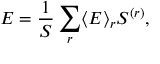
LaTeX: E = \frac { 1 } { S } \sum _ { r } \langle E \rangle _ { r } S ^ { ( r ) } ,